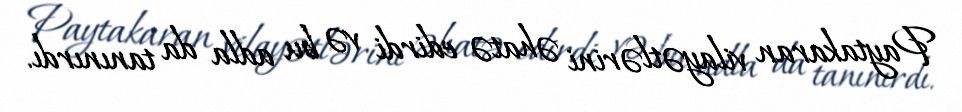
Paytakaran vilayətlərini əhatə edirdi və bu adla da tanınırdı.